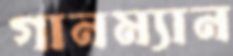
গানম্যান